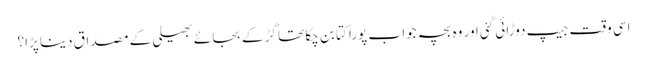
اسی وقت جیپ دوڑائی گئی اور وہ بچہ جوا ب پورا کتا بن چکا تھا گڑ کے بجا ئے بھیلی کے مصداق دینا پڑا؟